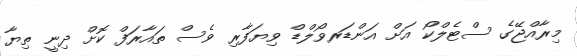
މިރާއްޖޭގެ ސްޓެލްކޯ އަށް އަންޑަރވޯލްޑް ވިޔަފާރި ވެސް ތައާރަފް ކޮށް ދިނީ ތިޔާ